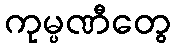
ကုမ္ပဏီတွေ